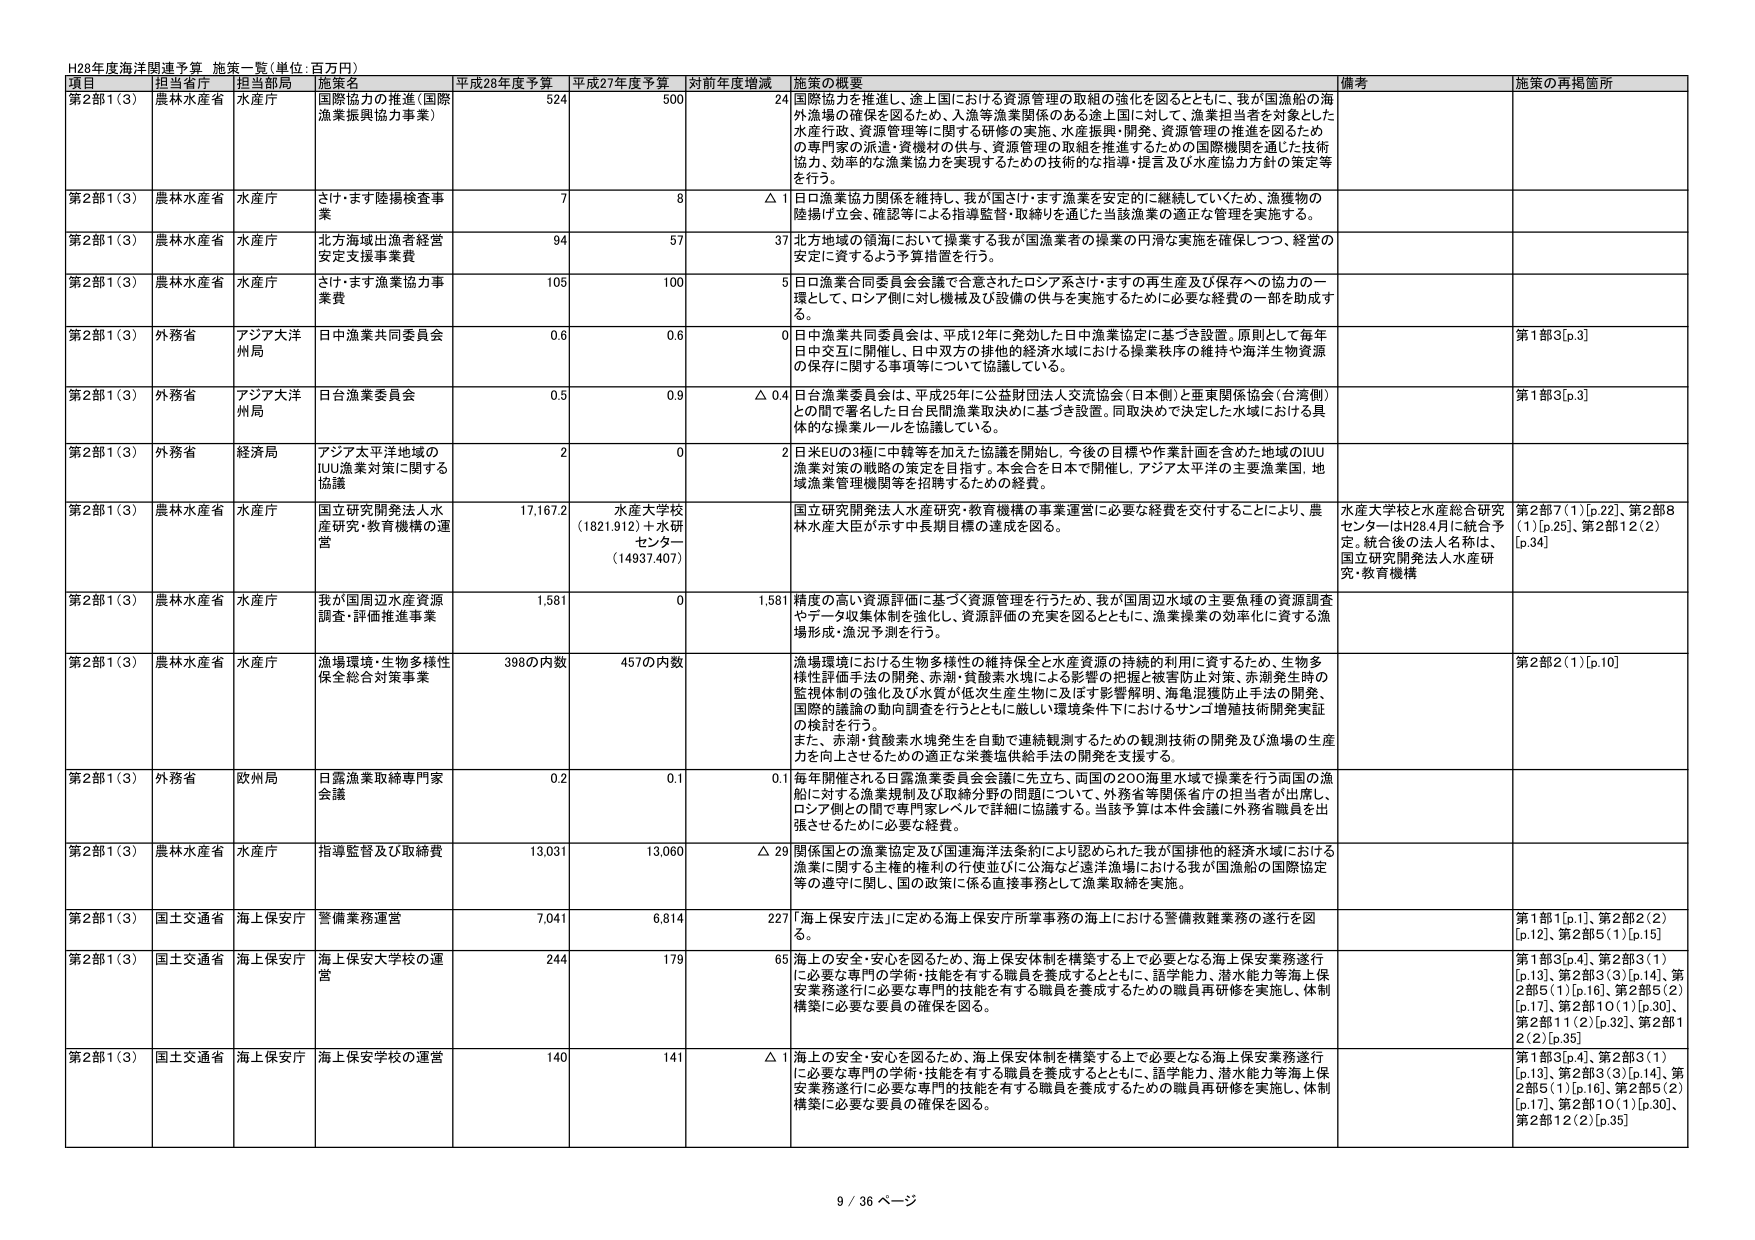
H28年度海洋関連予算 施策一覧(単位:百万円)

項目 担当省庁 担当部局 施策名 平成28年度予算 平成27年度予算 対前年度増減 施策の概要 備考 施策の再掲箇所

第2部1（3） 農林水産省 水産庁 国際協力の推進（国際漁業振興協力事業） 524 500 24 国際協力を推進し、途上国における資源管理の取組の強化を図るとともに、我が国漁船の海外漁場の確保を図るため、人漁等漁業関係のある途上国に対して、漁業担当者を対象とした水産行政、資源管理等に関する研修の実施、水産振興・開発、資源管理の推進を図るための専門家の派遣・資機材の供与、資源管理の取組を推進するための国際機関を通じた技術協力、効率的な漁業協力を実現するための技術的な指導・提言及び水産協力方針の策定等を行う。

第2部1（3） 農林水産省 水産庁 さけ・ます陸揚検査事業 7 8 △1 日ロ漁業協力関係を維持し、我が国さけ・ます漁業を安定的に継続していくため、漁獲物の陸揚げ立会、確認等による指導監督・取締りを通じた当該漁業の適正な管理を実施する。

第2部1（3） 農林水産省 水産庁 北方海域出漁者経営安定支援事業費 94 57 37 北方地域の領海において操業する我が国漁業者の操業の円滑な実施を確保しつつ、経営の安定に資するよう予算措置を行う。

第2部1（3） 農林水産省 水産庁 さけ・ます漁業協力事業費 105 100 5 日ロ漁業合同委員会会議で合意されたロシア系さけ・ますの再生産及び保存への協力の一環として、ロシア側に対し機械及び設備の供与を実施するために必要な経費の一部を助成する。

第2部1（3） 外務省 アジア大洋州局 日中漁業共同委員会 0.6 0.6 0 日中漁業共同委員会は、平成12年に発効した日中漁業協定に基づき設置。原則として毎年日中交互に開催し、日中双方の排他的経済水域における操業秩序の維持や海洋生物資源の保存に関する事項等について協議している。 第1部3[p.3]

第2部1（3） 外務省 アジア大洋州局 日台漁業委員会 0.5 0.9 △0.4 日台漁業委員会は、平成25年に公益財団法人交流協会（日本側）と亜東関係協会（台湾側）との間で署名した日台民間漁業取決めに基づき設置。同取決めで決定した水域における具体的な操業ルールを協議している。 第1部3[p.3]

第2部1（3） 外務省 経済局 アジア太平洋地域のIUU漁業対策に関する協議 2 0 2 日米EUの3極に中韓等を加えた協議を開始し、今後の目標や作業計画を含めた地域のIUU漁業対策の戦略の策定を目指す。本会合を日本で開催し、アジア太平洋の主要漁業国、地域漁業管理機関等を招請するための経費。

第2部1（3） 農林水産省 水産庁 国立研究開発法人水産研究・教育機構の運営 17,167.2 水産大学校（1821.912）＋水研センター（14937.407） 国立研究開発法人水産研究・教育機構の事業運営に必要な経費を交付することにより、農林水産大臣が示す中長期目標の達成を図る。 水産大学校と水産総合研究センターはH28.4月に統合予定。統合後の法人名称は、国立研究開発法人水産研究・教育機構 第2部7（1）[p.22]、第2部8（1）[p.25]、第2部12（2）[p.34]

第2部1（3） 農林水産省 水産庁 我が国周辺水産資源調査・評価推進事業 1,581 0 1,581 精度の高い資源評価に基づく資源管理を行うため、我が国周辺水域の主要魚種の資源調査やデータ収集体制を強化し、資源評価の充実を図るとともに、漁業操業の効率化に資する漁場形成・漁況予測を行う。

第2部1（3） 農林水産省 水産庁 漁場環境・生物多様性保全総合対策事業 398の内数 457の内数 漁場環境における生物多様性の維持保全と水産資源の持続的利用に資するため、生物多様性評価手法の開発、赤潮・貧酸素水域による影響の把握と被害防止対策、赤潮発生時の監視体制の強化及び水質が低次生産生物に及ぼす影響解明、海亀混獲防止手法の開発、国際的議論の動向調査を行うとともに厳しい環境条件下におけるサンゴ増殖技術開発実証の検討を行う。 また、赤潮・貧酸素水域発生を自動で連続観測するための観測技術の開発及び漁場の生産力を向上させるための適正な栄養塩供給手法の開発を支援する。 第2部2（1）[p.10]

第2部1（3） 外務省 欧州局 日露漁業取締専門家会議 0.2 0.1 0.1 毎年開催される日露漁業委員会会議に先立ち、両国の200海里水域で操業を行う両国の漁船に対する漁業規制及び取締分野の問題について、外務省等関係省庁の担当者が出席し、ロシア側との間で専門家レベルで詳細に協議する。当該予算は本件会議に外務省職員を出張させるために必要な経費。

第2部1（3） 農林水産省 水産庁 指導監督及び取締費 13,031 13,060 △29 関係国との漁業協定及び国連海洋法条約により認められた我が国排他的経済水域における漁業に関する主権的権利の行使並びに公海など遠洋漁場における我が国漁船の国際協定等の遵守に関し、国の政策に係る直接事務として漁業取締を実施。

第2部1（3） 国土交通省 海上保安庁 警備業務運営 7,041 6,814 227 「海上保安庁法」に定める海上保安庁所掌事務の海上における警備救難業務の遂行を図る。 第1部1[p.1]、第2部2（2）[p.12]、第2部5（1）[p.15]

第2部1（3） 国土交通省 海上保安庁 海上保安大学校の運営 244 179 65 海上の安全・安心を図るため、海上保安体制を構築する上で必要となる海上保安業務遂行に必要な専門の学術・技能を有する職員を養成するとともに、語学能力、潜水能力等海上保安業務遂行に必要な専門的技能を有する職員を養成するための職員再研修を実施し、体制構築に必要な要員の確保を図る。 第1部3[p.4]、第2部3（1）[p.13]、第2部3（3）[p.14]、第2部5（1）[p.16]、第2部5（2）[p.17]、第2部10（1）[p.30]、第2部11（2）[p.32]、第2部12（2）[p.35]

第2部1（3） 国土交通省 海上保安庁 海上保安学校の運営 140 141 △1 海上の安全・安心を図るため、海上保安体制を構築する上で必要となる海上保安業務遂行に必要な専門の学術・技能を有する職員を養成するとともに、語学能力、潜水能力等海上保安業務遂行に必要な専門的技能を有する職員を養成するための職員再研修を実施し、体制構築に必要な要員の確保を図る。 第1部3[p.4]、第2部3（1）[p.13]、第2部3（3）[p.14]、第2部5（1）[p.16]、第2部5（2）[p.17]、第2部10（1）[p.30]、第2部12（2）[p.35]

9 / 36 ページ